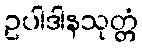
ဥပါဒါနသုတ္တံ